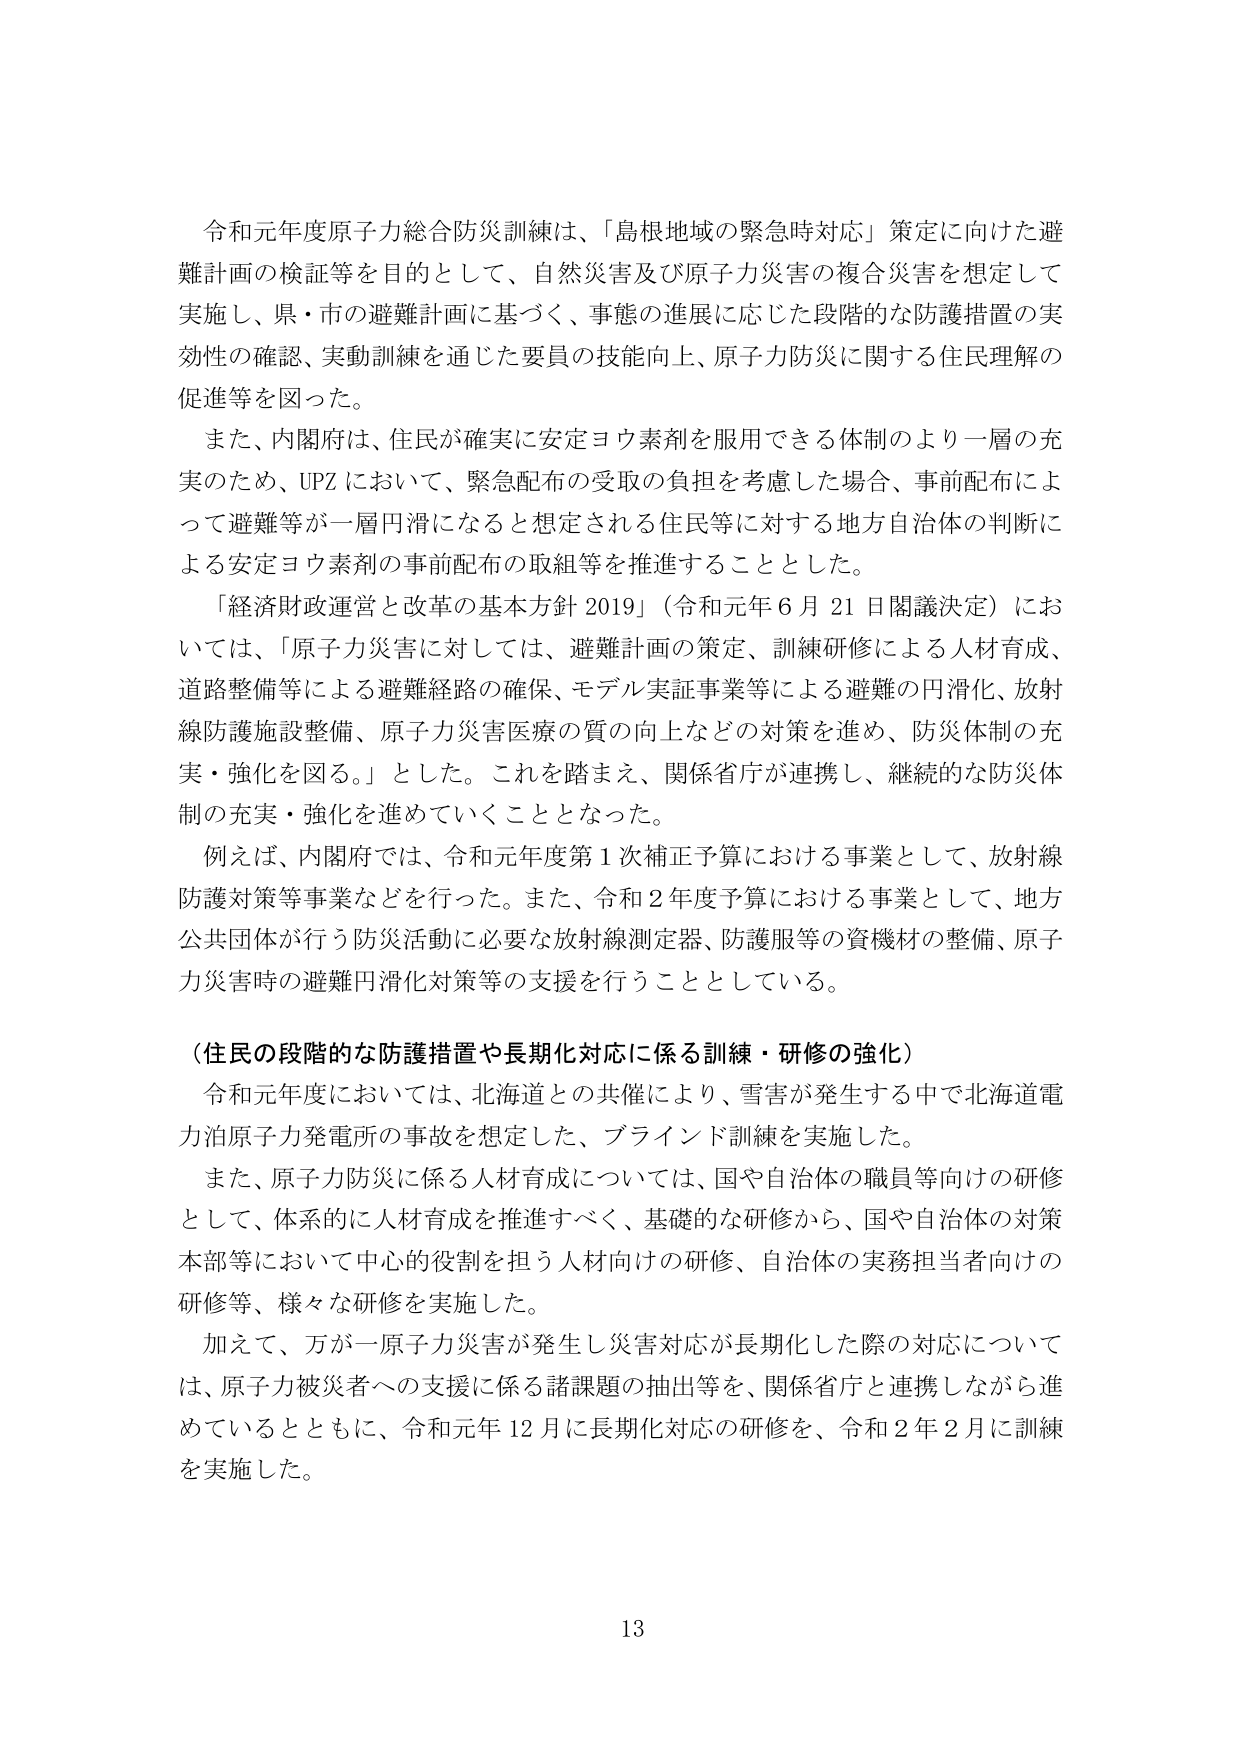
令和元年度原子力総合防災訓練は、「島根地域の緊急時対応」策定に向けた避難計画の検証等を目的として、自然災害及び原子力災害の複合災害を想定して実施し、県・市の避難計画に基づく、事態の進展に応じた段階的な防護措置の実効性の確認、実動訓練を通じた要員の技能向上、原子力防災に関する住民理解の促進等を図った。

また、内閣府は、住民が確実に安定ヨウ素剤を服用できる体制のより一層の充実のため、UPZにおいて、緊急配布の受取の負担を考慮した場合、事前配布によって避難等が一層円滑になると想定される住民等に対する地方自治体の判断による安定ヨウ素剤の事前配布の取組等を推進することとした。

「経済財政運営と改革の基本方針 2019」（令和元年６月21日閣議決定）においては、「原子力災害に対しては、避難計画の策定、訓練研修による人材育成、道路整備等による避難経路の確保、モデル実証事業等による避難の円滑化、放射線防護施設整備、原子力災害医療の質の向上などの対策を進め、防災体制の充実・強化を図る。」とした。これを踏まえ、関係省庁が連携し、継続的な防災体制の充実・強化を進めていくこととなった。

例えば、内閣府では、令和元年度第1次補正予算における事業として、放射線防護対策等事業などを行った。また、令和2年度予算における事業として、地方公共団体が行う防災活動に必要な放射線測定器、防護服等の資機材の整備、原子力災害時の避難円滑化対策等の支援を行うこととしている。

（住民の段階的な防護措置や長期化対応に係る訓練・研修の強化）

令和元年度においては、北海道との共催により、雪害が発生する中で北海道電力泊原子力発電所の事故を想定した、ブラインド訓練を実施した。

また、原子力防災に係る人材育成については、国や自治体の職員等向けの研修として、体系的に人材育成を推進すべく、基礎的な研修から、国や自治体の対策本部等において中心的役割を担う人材向けの研修、自治体の実務担当者向けの研修等、様々な研修を実施した。

加えて、万が一原子力災害が発生し災害対応が長期化した際の対応については、原子力被災者への支援に係る諸課題の抽出等を、関係省庁と連携しながら進めているとともに、令和元年12月に長期化対応の研修を、令和2年2月に訓練を実施した。

13